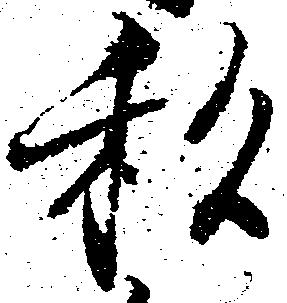
私